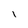
Character: l